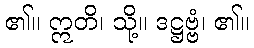
၏။ ဣတိ၊ သို့။ ဒဋ္ဌဗ္ဗံ၊ ၏။